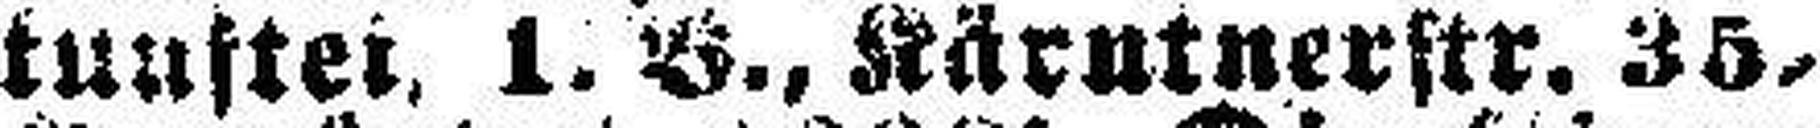
kunftei. 1. B., Kärntnerstr. 35.